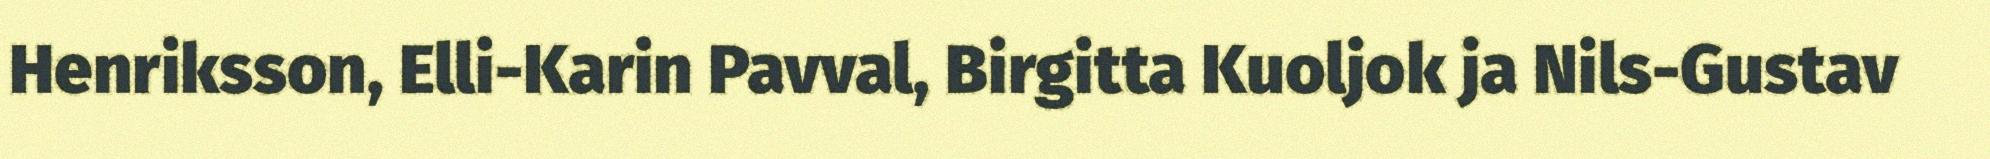
Henriksson, Elli-Karin Pavval, Birgitta Kuoljok ja Nils-Gustav